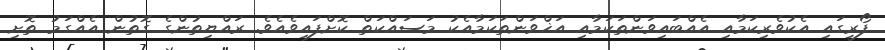
ފޯރީގައި އެކުވެރިކަމާއި އެއްބައިވަންތަކަމާއި އަޚްވަންތަކަމާއެކު މަސައްކަތް ކޮށްފައިވެއެވެ. ރައްޔިތުންގެ ގޮތުން އެއްގަމު ތޮށި